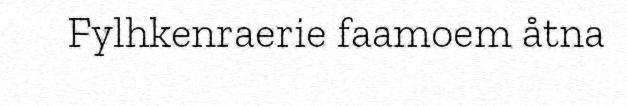
Fylhkenraerie faamoem åtna